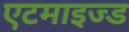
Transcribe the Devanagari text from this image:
एटमाइज्ड